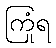
ကြုံရ